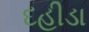
દહીડા